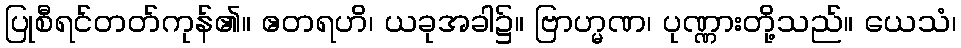
ပြုစီရင်တတ်ကုန်၏။ ဧတရဟိ၊ ယခုအခါ၌။ ဗြာဟ္မဏ၊ ပုဏ္ဏားတို့သည်။ ယေသံ၊